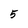
Character: 5